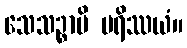
သေသဉ္စာပိ ပရိဿယံ။